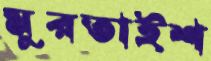
মুরতাইশ